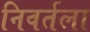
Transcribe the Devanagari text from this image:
निवर्तला